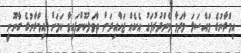
އިމްރާނުގެ މައްސަލަ މާދަމާ މެންދުރުފަހު އެކެއް ޖަހާއިރަށް ތާވަލުކޮށްފައިވާ ކަމަށް އިމްރާނުގެ ގާނޫނީ